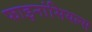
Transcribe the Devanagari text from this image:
फाइनांसियल्स